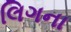
લિગના